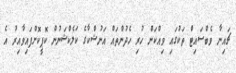
ޗައިނާ ވެބްސައިޓް ތަކުގައި ވިއްކަން ހުރި ހެދުންތައް އަނުޝްކާގެ ކަލެކްޝަނުން ކޮޕީކޮށްފައިވާއިރު އެ